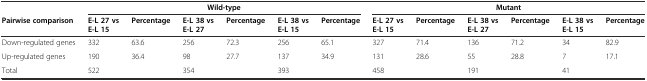
|  | <COLSPAN=6> Wild-type | <COLSPAN=6> Mutant |
 | Pairwise comparison | E-L 27 vs E-L 15 | Percentage | E-L 38 vs E-L 27 | Percentage | E-L 38 vs E-L 15 | Percentage | E-L 27 vs E-L 15 | Percentage | E-L 38 vs E-L 27 | Percentage | E-L 38 vs E-L 15 | Percentage |
 | --- | --- | --- | --- | --- | --- | --- | --- | --- | --- | --- | --- | --- |
 | Down-regulated genes | 332 | 63.6 | 256 | 72.3 | 256 | 65.1 | 327 | 71.4 | 136 | 71.2 | 34 | 82.9 |
 | Up-regulated genes | 190 | 36.4 | 98 | 27.7 | 137 | 34.9 | 131 | 28.6 | 55 | 28.8 | 7 | 17.1 |
 | Total | 522 |  | 354 |  | 393 |  | 458 |  | 191 |  | 41 |  |